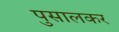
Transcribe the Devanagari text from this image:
पुसालकर